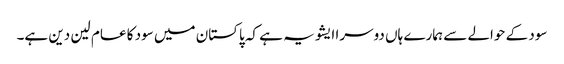
سود کے حوالے سے ہمارے ہاں دوسرا ایشو یہ ہے کہ پاکستان میں سود کا عام لین دین ہے۔